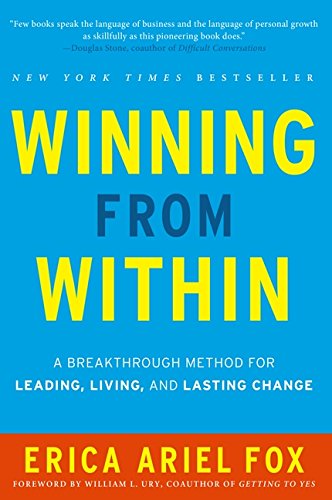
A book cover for Winning from Within: A Breakthrough Method for Leading, Living, and Lasting Change; Erica Ariel Fox; Business & Money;